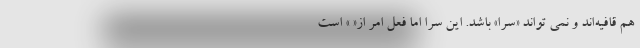
هم قافیه‌اند و نمی تواند «سُرا» باشد. این سرا اما فعل امر از« » است